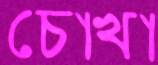
চোখা